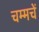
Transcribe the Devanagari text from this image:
चम्मचें